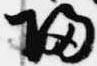
帰